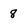
Character: 8